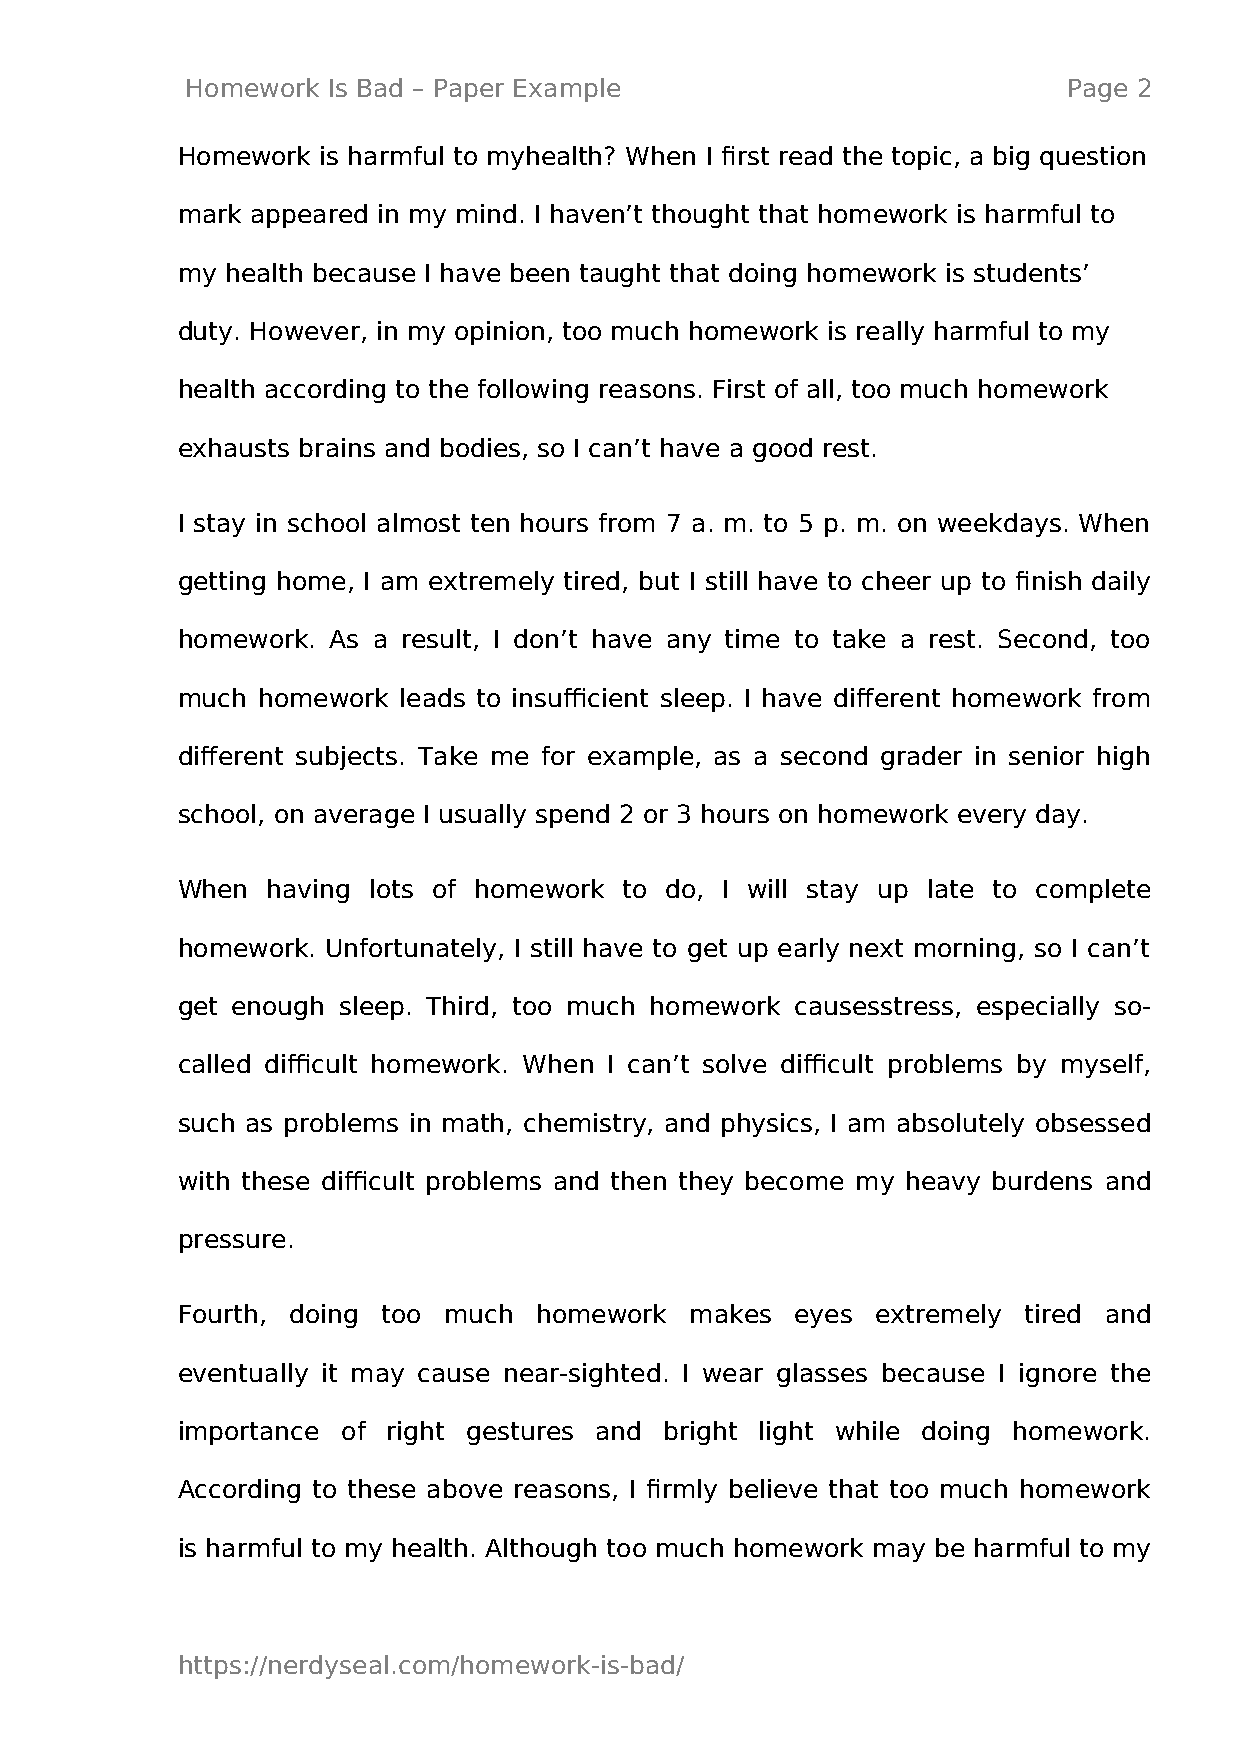
Homework  Is Bad – Paper Example                           Page 2
 Homework is harmful to myhealth? When I first read the topic, a big question
 mark appeared in my mind. I haven’t thought that homework is harmful to
 my health because I have been taught that doing homework is students’
 duty. However, in my opinion, too much homework is really harmful to my
 health according to the following reasons. First of all, too much homework
 exhausts brains and bodies, so I can’t have a good rest.
 I stay in school almost ten hours from 7 a. m. to 5 p. m. on weekdays. When
 getting home, I am extremely tired, but I still have to cheer up to finish daily
 homework. As a result, I don’t have any time to take a rest. Second, too
 much homework leads to insufficient sleep. I have different homework from
 different subjects. Take me for example, as a second grader in senior high
 school, on average I usually spend 2 or 3 hours on homework every day.
 When  having lots of homework to do, I will stay up late to complete
 homework. Unfortunately, I still have to get up early next morning, so I can’t
 get enough sleep. Third, too much homework causesstress, especially so-
 called difficult homework. When I can’t solve difficult problems by myself,
 such as problems in math, chemistry, and physics, I am absolutely obsessed
 with these difficult problems and then they become my heavy burdens and
 pressure.
 Fourth, doing too much homework   makes  eyes extremely tired and
 eventually it may cause near-sighted. I wear glasses because I ignore the
 importance of right gestures and bright light while doing homework.
 According to these above reasons, I firmly believe that too much homework
 is harmful to my health. Although too much homework may be harmful to my
 https://nerdyseal.com/homework-is-bad/